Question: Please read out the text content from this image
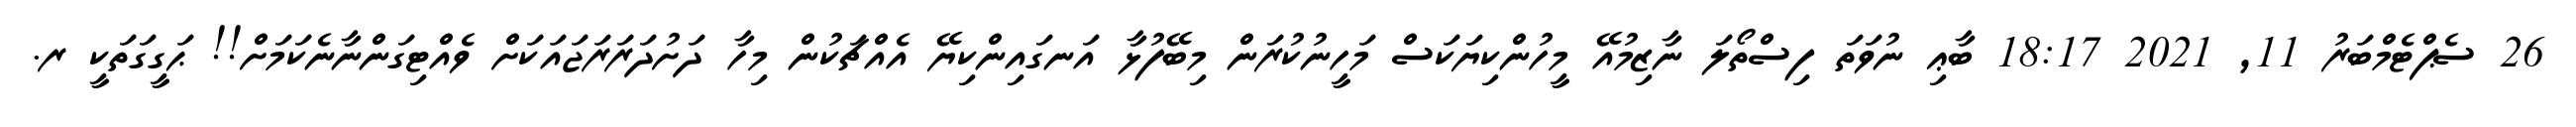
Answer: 26 ސެޕްޓެމްބަރު 11, 2021 18:17 ބާޢި ނުވަތަ ފިސްތޯލަ ނާޒިމުއޭ މީހުންކިޔަކަސް މަހީނުކުރަން މިބޭފުޅާ އަނގައިންކިޔޭ އެއްޗަކުން މިހާ ދަށުދަރަރަޖައަކަށް ވެއްޓިގަންނާނެކަމަށް!! ޙަގީގަތަކީ ރ.